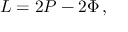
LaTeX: { \cal L } = 2 P - 2 \Phi \, ,